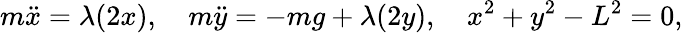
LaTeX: m{\ddot{x}}=\lambda(2x),\quad m{\ddot{y}}=-mg+\lambda(2y),\quad x^{2}+y^{2}-L^{2}=0,